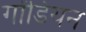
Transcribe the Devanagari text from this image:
गोंडियन